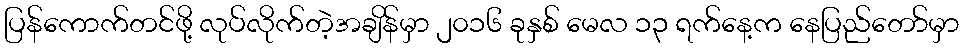
ပြန်ကောက်တင်ဖို့ လုပ်လိုက်တဲ့အချိန်မှာ ၂၀၁၆ ခုနှစ် မေလ ၁၃ ရက်နေ့က နေပြည်တော်မှာ